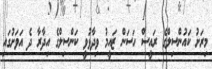
މިރަށު ކައުންސިލްގެ ރައީސް ހަސަން ޒައީމު ވިދާޅުވީ ކަންސިލްގެ އިދާރާ ދެ އަވަށުގައި